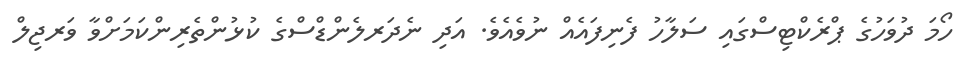
ހޯމަ ދުވަހުގެ ޕްރެކްޓިސްގައި ސަލާހު ފެނިފައެއް ނުވެއެވެ. އަދި ނެދަރލެންޑްސްގެ ކުޅުންތެރިންކަމަށްވާ ވަރޖިލް